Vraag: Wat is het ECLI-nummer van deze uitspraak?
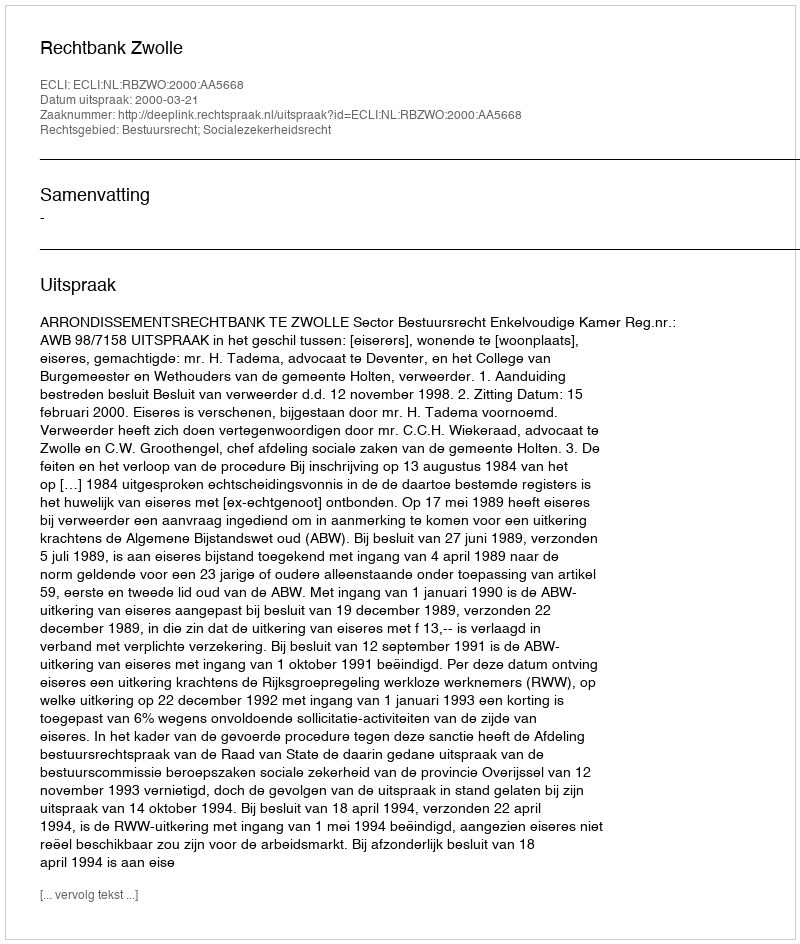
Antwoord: ECLI:NL:RBZWO:2000:AA5668